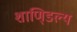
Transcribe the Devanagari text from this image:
शाणि्डल्य